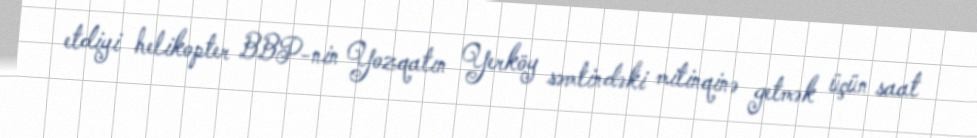
etdiyi helikopter BBP-nin Yozqatın Yerköy səmtindəki mitinqinə getmək üçün saat